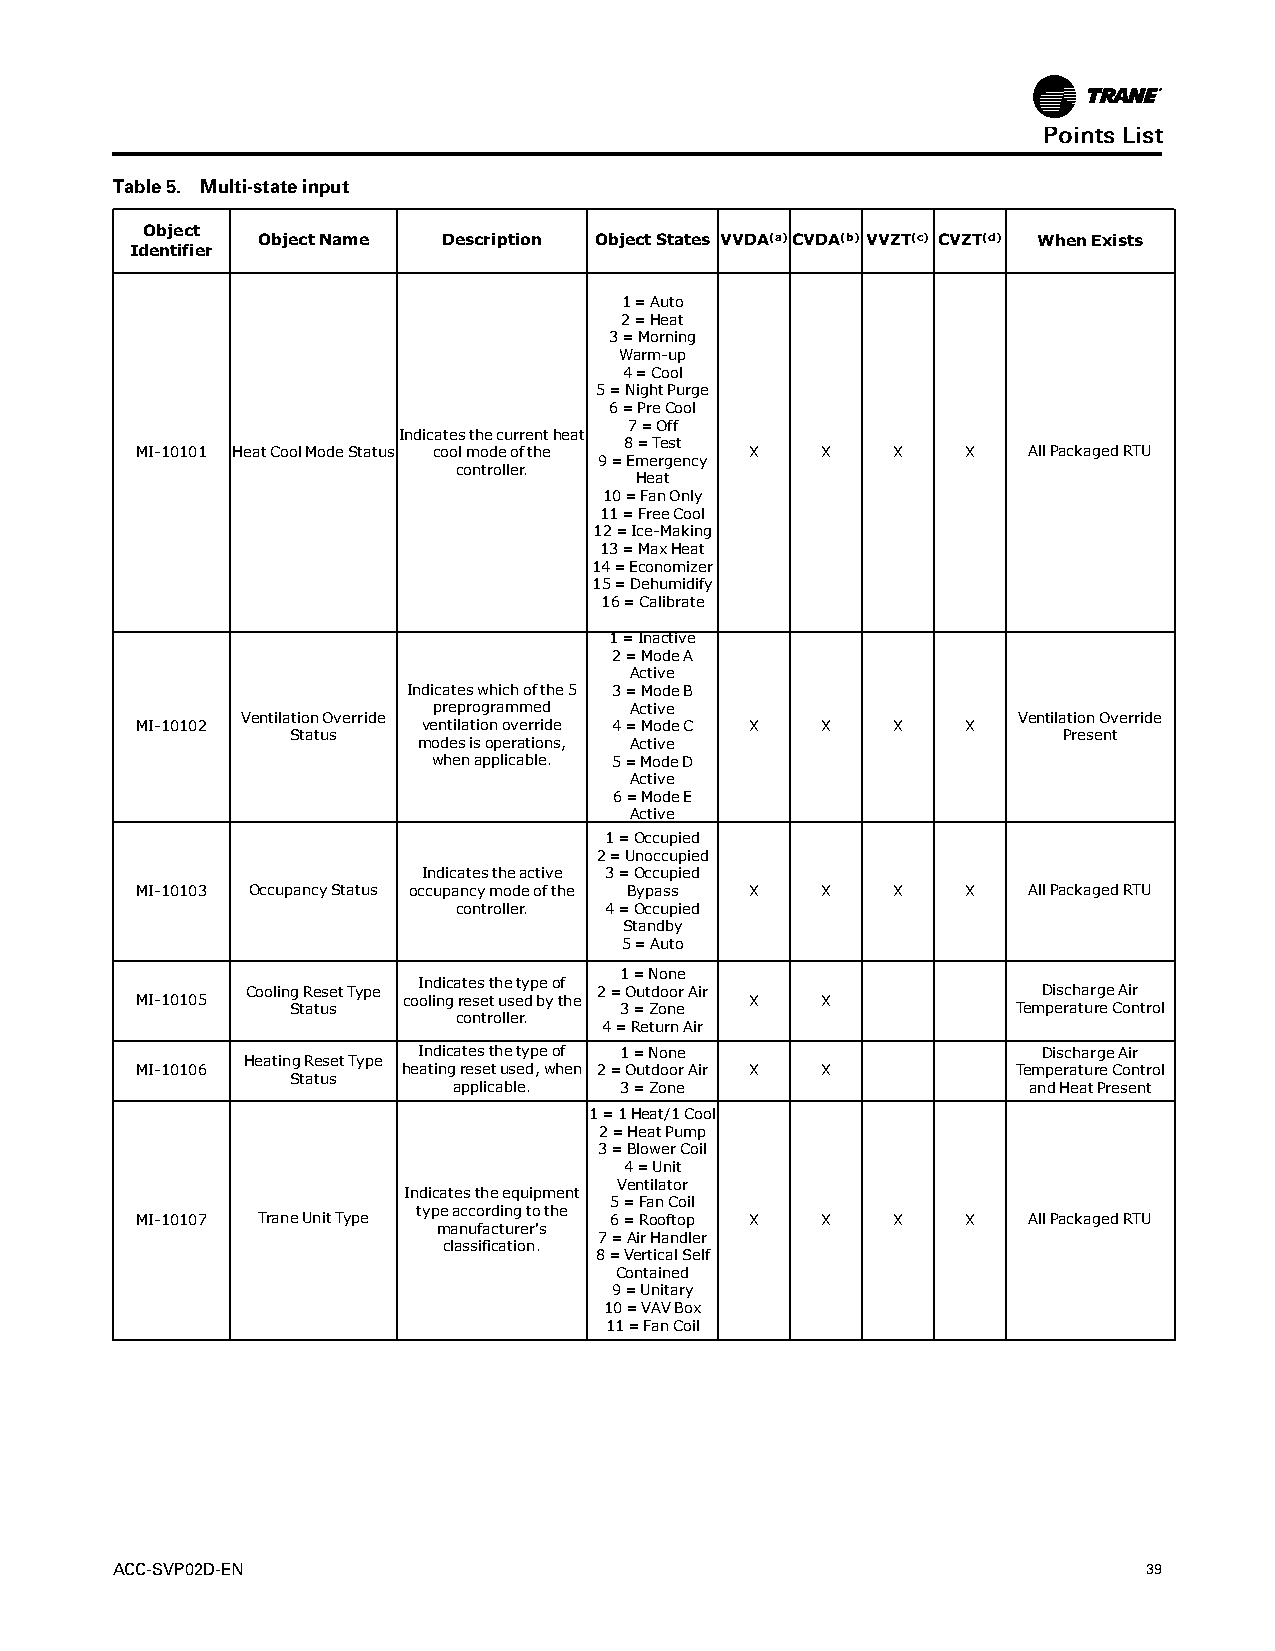
PPooiinnttssLLiisstt
 Table5. Multi-stateinput
 Object
 ObjectName  Description ObjectStates VVDA(a)CVDA(b) VVZT(c) CVZT(d) WhenExists
 Identifier
 1=Auto
 2=Heat
 3=Morning
 Warm-up
 4=Cool
 5=NightPurge
 6=PreCool
 7=Off
 Indicatesthecurrentheat
 8=Test
 MI-10101 HeatCoolModeStatus coolmodeofthe X  X    X    X   AllPackagedRTU
 9=Emergency
 controller.
 Heat
 10=FanOnly
 11=FreeCool
 12=Ice-Making
 13=MaxHeat
 14=Economizer
 15=Dehumidify
 16=Calibrate
 1=Inactive
 2=ModeA
 Active
 Indicateswhichofthe5 3=ModeB
 preprogrammed Active
 VentilationOverride                                VentilationOverride
 MI-10102           ventilationoverride 4=ModeC X X X   X
 Status                                             Present
 modesisoperations, Active
 whenapplicable. 5=ModeD
 Active
 6=ModeE
 Active
 1=Occupied
 2=Unoccupied
 Indicatestheactive 3=Occupied
 MI-10103 OccupancyStatus occupancymodeofthe Bypass X X X X AllPackagedRTU
 controller. 4=Occupied
 Standby
 5=Auto
 1=None
 Indicatesthetypeof
 CoolingResetType        2=OutdoorAir                 DischargeAir
 MI-10105          coolingresetusedbythe  X   X
 Status                3=Zone                    TemperatureControl
 controller.
 4=ReturnAir
 Indicatesthetypeof 1=None                DischargeAir
 HeatingResetType
 MI-10106          heatingresetused,when 2=OutdoorAir X X  TemperatureControl
 Status
 applicable. 3=Zone                    andHeatPresent
 1=1Heat/1Cool
 2=HeatPump
 3=BlowerCoil
 4=Unit
 Ventilator
 Indicatestheequipment
 5=FanCoil
 typeaccordingtothe
 MI-10107 TraneUnitType         6=Rooftop X   X    X    X   AllPackagedRTU
 manufacturer's
 7=AirHandler
 classification.
 8=VerticalSelf
 Contained
 9=Unitary
 10=VAVBox
 11=FanCoil
 ACC-SVP02D-EN                                                        39